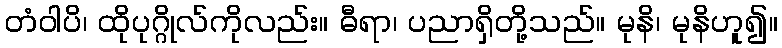
တံဝါပိ၊ ထိုပုဂ္ဂိုလ်ကိုလည်း။ ဓီရာ၊ ပညာရှိတို့သည်။ မုနိ၊ မုနိဟူ၍။